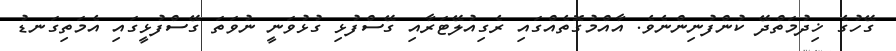
ގޭހުގެ ޚިދުމަތްދޭ ކުންފުނިންނެވެ. އާއްމުގޮތެއްގައި ރެގިއުލޭޓަރާއި ގޭސްފުޅި ގުޅުވަނީ ނުވަތަ ގޭސްފުޅީގައި އެމަތިގަނޑު